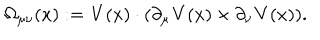
\Omega _ { \mu \nu } ( x ) : = { \bf V } ( x ) \cdot ( \partial _ { \mu } { \bf V } ( x ) \times \partial _ { \nu } { \bf V } ( x ) ) .